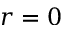
r = 0